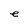
Character: e